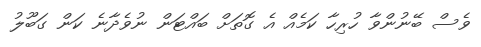
ވެސް ބޭނުންވާ ހުރިހާ ކަމެއް އެ ގޮތަށް ބައްޓަން ނުވެދާނެ ކަން ގަބޫލު